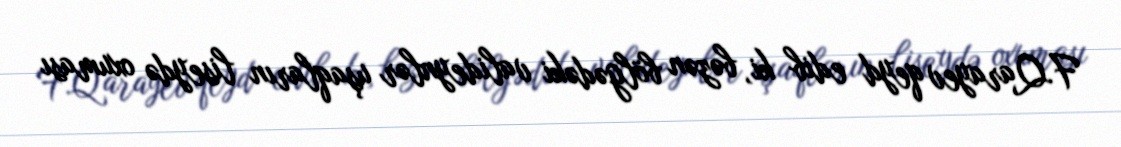
F.Qarayev qeyd edib ki, bəzən bölgədəki valideynlər uşaqların liseydə oxuması